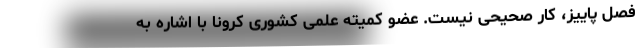
فصل پاییز، کار صحیحی نیست. عضو کمیته علمی کشوری کرونا با اشاره به